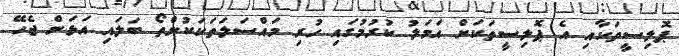
ޕޮލިސީތަކާއި އެ ޕޮލިސީތަކަށް އަމަލު ކުރުމުގައި ހުރި މައްސަލަތަކަކުންތޯ ބަލައި އަޅަން ޖެހޭ